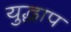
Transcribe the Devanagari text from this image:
युद्धाप